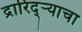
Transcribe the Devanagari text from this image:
द्रारिद्‌र्‍याचा